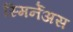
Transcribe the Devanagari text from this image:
स्मिर्नेअस